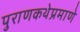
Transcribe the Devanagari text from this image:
पुराणकथेप्रमाणे